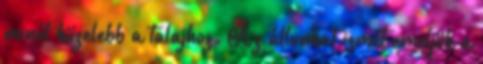
minél közelebb a talajhoz. Az állunkat ismét emeljük a